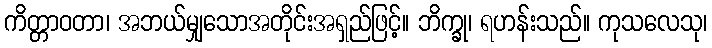
ကိတ္တာဝတာ၊ အဘယ်မျှသောအတိုင်းအရှည်ဖြင့်။ ဘိက္ခု၊ ရဟန်းသည်။ ကုသလေသု၊